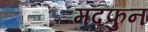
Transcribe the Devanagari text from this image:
मदफुन